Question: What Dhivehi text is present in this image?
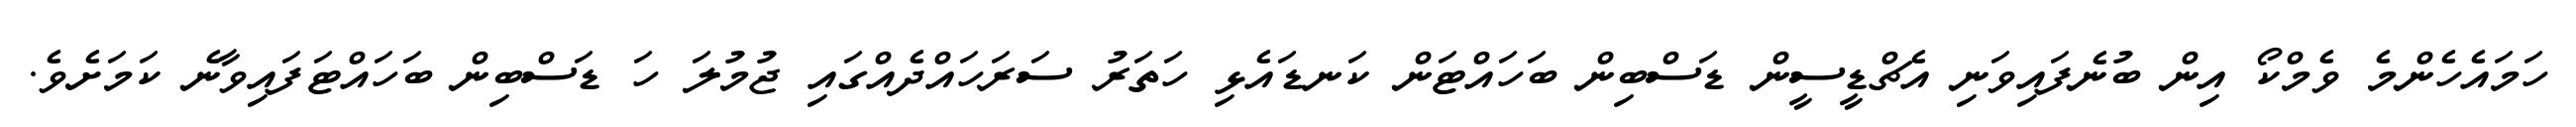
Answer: ހަމައެހެންމެ ވެމްކޯ އިން ބުނެފައިވަނި އެޗްޑީސީން ޑަސްބިން ބަހައްޓަން ކަނޑައެޅި ހަތަރު ސަރަހައްދެއްގައި ޖުމުލަ ހަ ޑަސްބިން ބަހައްޓަފައިވާނެ ކަމަށެވެ.